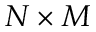
N \times M